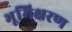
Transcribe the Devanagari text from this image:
भूमिक्षरण